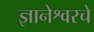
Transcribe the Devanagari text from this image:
ज्ञानेश्वरचे